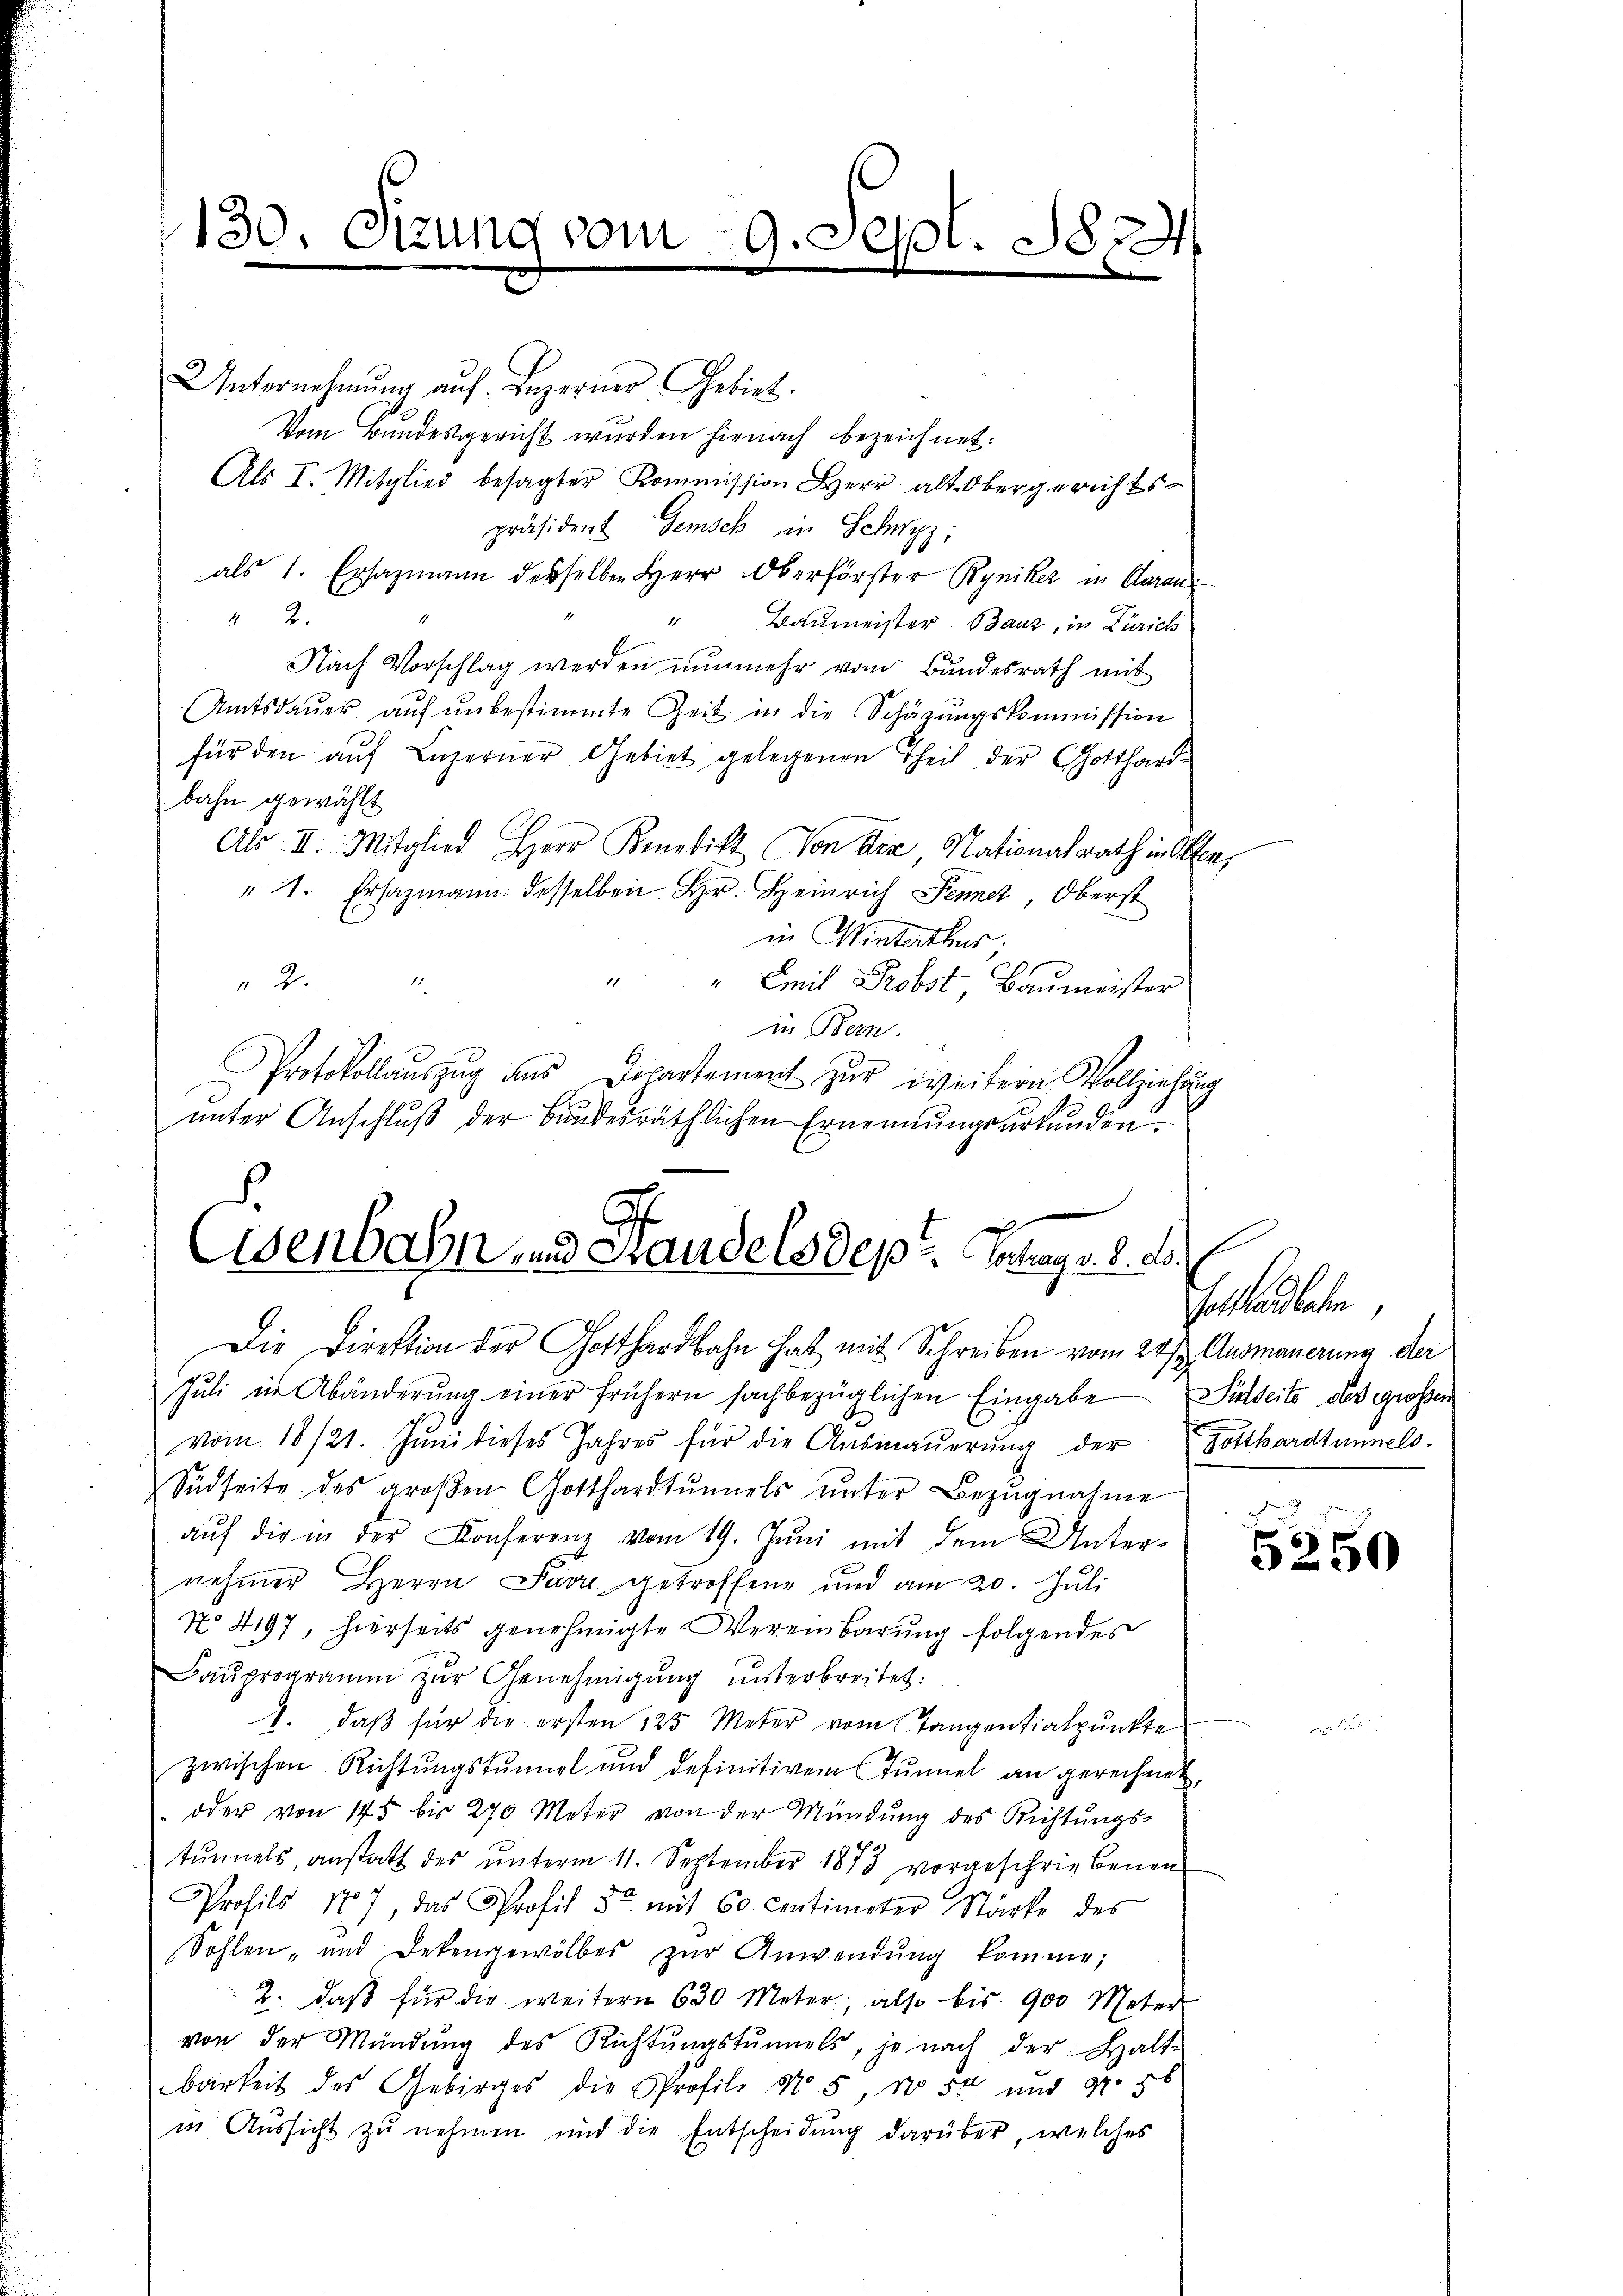
130. Otzung vom

Unternehmung auf Luzerner Gebiet.
Vom Bundesgericht wurden hienach bezeichnet:
Als I. Mitglied besagter Kommission Herr alt Obergerichts-
präsident Gensch in Schwyz;
als 1. Ersazmann derselben Herr Oberförster Ryniker in Garan
42.
1
Baumeister Bauz, in Zürich
Nach Vorschlag werden nunmehr vom Bundesrath mit
Amtsdaŭer aŭf ŭnbestimmte Zeit in die Schäzŭngskommission
für den auf Luzerner Gebiet gelegenen Theil der Gotthard-
bahn gewählt
Als. II. Mitglied Herr Kenntik von Ara Nationalrath in Olten,
" 1. Ersazmann desselben Hr. Heinrich Jenner, Oberst
in Winterthur;
.
 2.
" Emil Probst Baumeister
11
in Bern.
Protokollaŭszŭg ans Departement zŭr weitern Vollziehung
ŭnter Anschlŭβ der Bŭndesräthlichen Ernennungsurkunden.
d

29. Sept. 1824

Eisenbahn und Grandelsdepr. Contrag v. 8. ds.

Die Direktion der Gotthardbahn hat mit Schreiben vom 24sten Ausmauerung der
Jŭli in Abänderŭng einer frühern sachbezüglichen Eingabe Selseite des großen
vom 18/21. Jŭni dieses Jahres für die Aŭsmaŭerŭng der Gotthardtunnels.
Südseite des groβen Gotthardtŭnnels ŭnter Bezŭgnahme
aŭf die in der Konferenz vom 19. Jŭni mit dem Unter-
nehmer Herrn Parre getroffene und am 20. Juli
No 4197, hierseits genehmigte Vereinbarung folgendes
Bauprogramm zur Genehmigung unterbreitet:
1. daβ für die ersten 125 Meter vom Tangentialpunkte
zwischen Richtungstunnel und definitivem Tunnel an gerechnet,
 oder von 175 bis 270 Meter von der Mündŭng des Richtŭngs-
tŭnnels, anstatt des ŭnterm 11. September 1873 vorgeschriebenen
Profils 187, das Profit de mit 60 centimeter Stärke des
Sohlen- und dekengewölbes zŭr Anwendŭng komme;
2. daβ für die weitern 630 Meter, also bis 900 Meter
von der Mündŭng des Richtŭngstŭnnels, je nach der Halt-
barkeit des Gebirges die Profil No 5, No 55 und 97. 56
in Aussicht zu nehmen und die Entscheidung darüber, welches

Gothardbahn,

e
5250